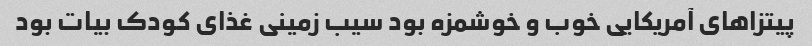
پیتزاهای آمریکایی خوب و خوشمزه بود سیب زمینی غذای کودک بیات بود